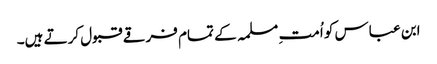
ابن عباس کو اُمت ِمسلمہ کے تمام فرقے قبول کرتے ہیں۔